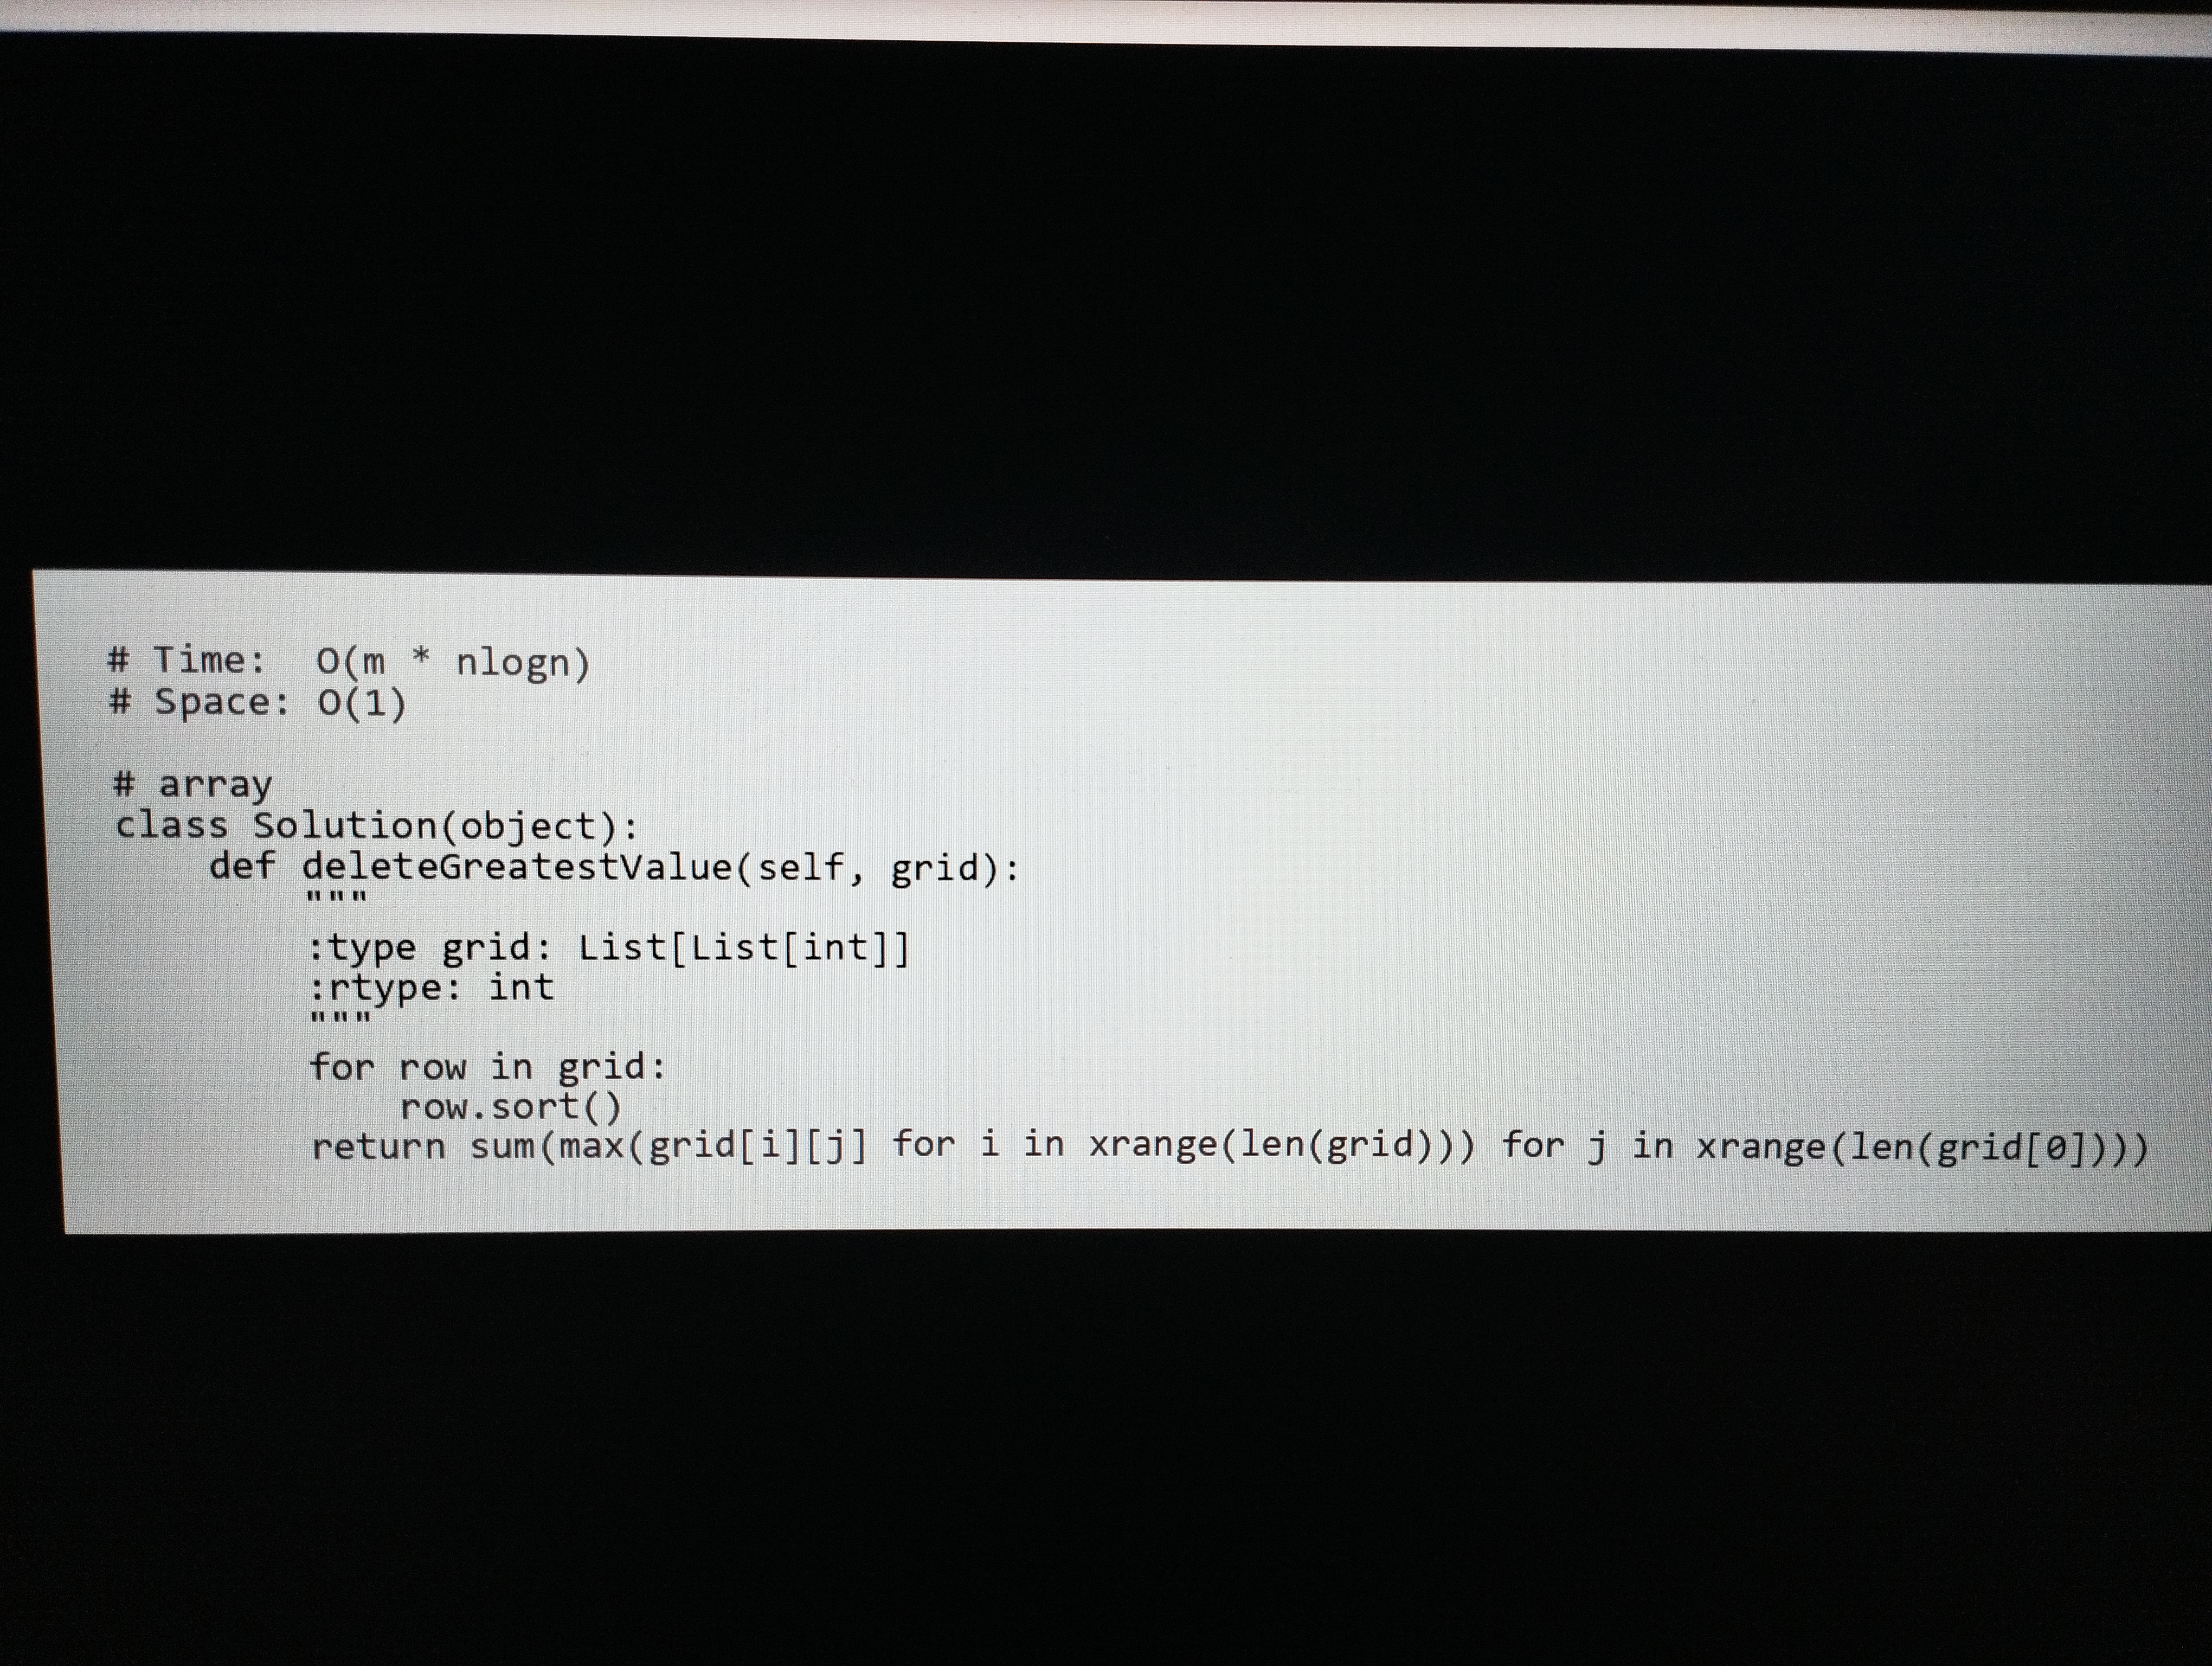
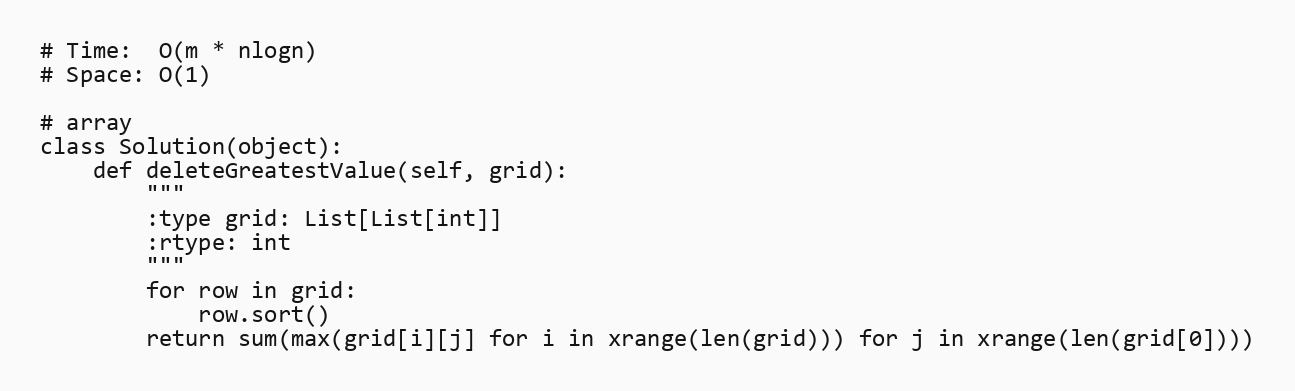
# Time:  O(m * nlogn)
# Space: O(1)

# array
class Solution(object):
    def deleteGreatestValue(self, grid):
        """
        :type grid: List[List[int]]
        :rtype: int
        """
        for row in grid:
            row.sort()
        return sum(max(grid[i][j] for i in xrange(len(grid))) for j in xrange(len(grid[0])))